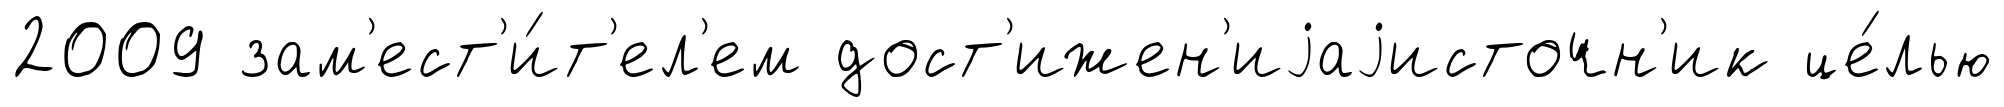
2009 зам'ест'и́т'ел'ем дост'ижен'иjаjисточн'ик це́лью